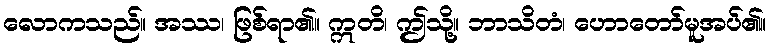
လောကသည်။ အဿ၊ ဖြစ်ရာ၏။ ဣတိ၊ ဤသို့။ ဘာသိတံ၊ ဟောတော်မူအပ်၏။